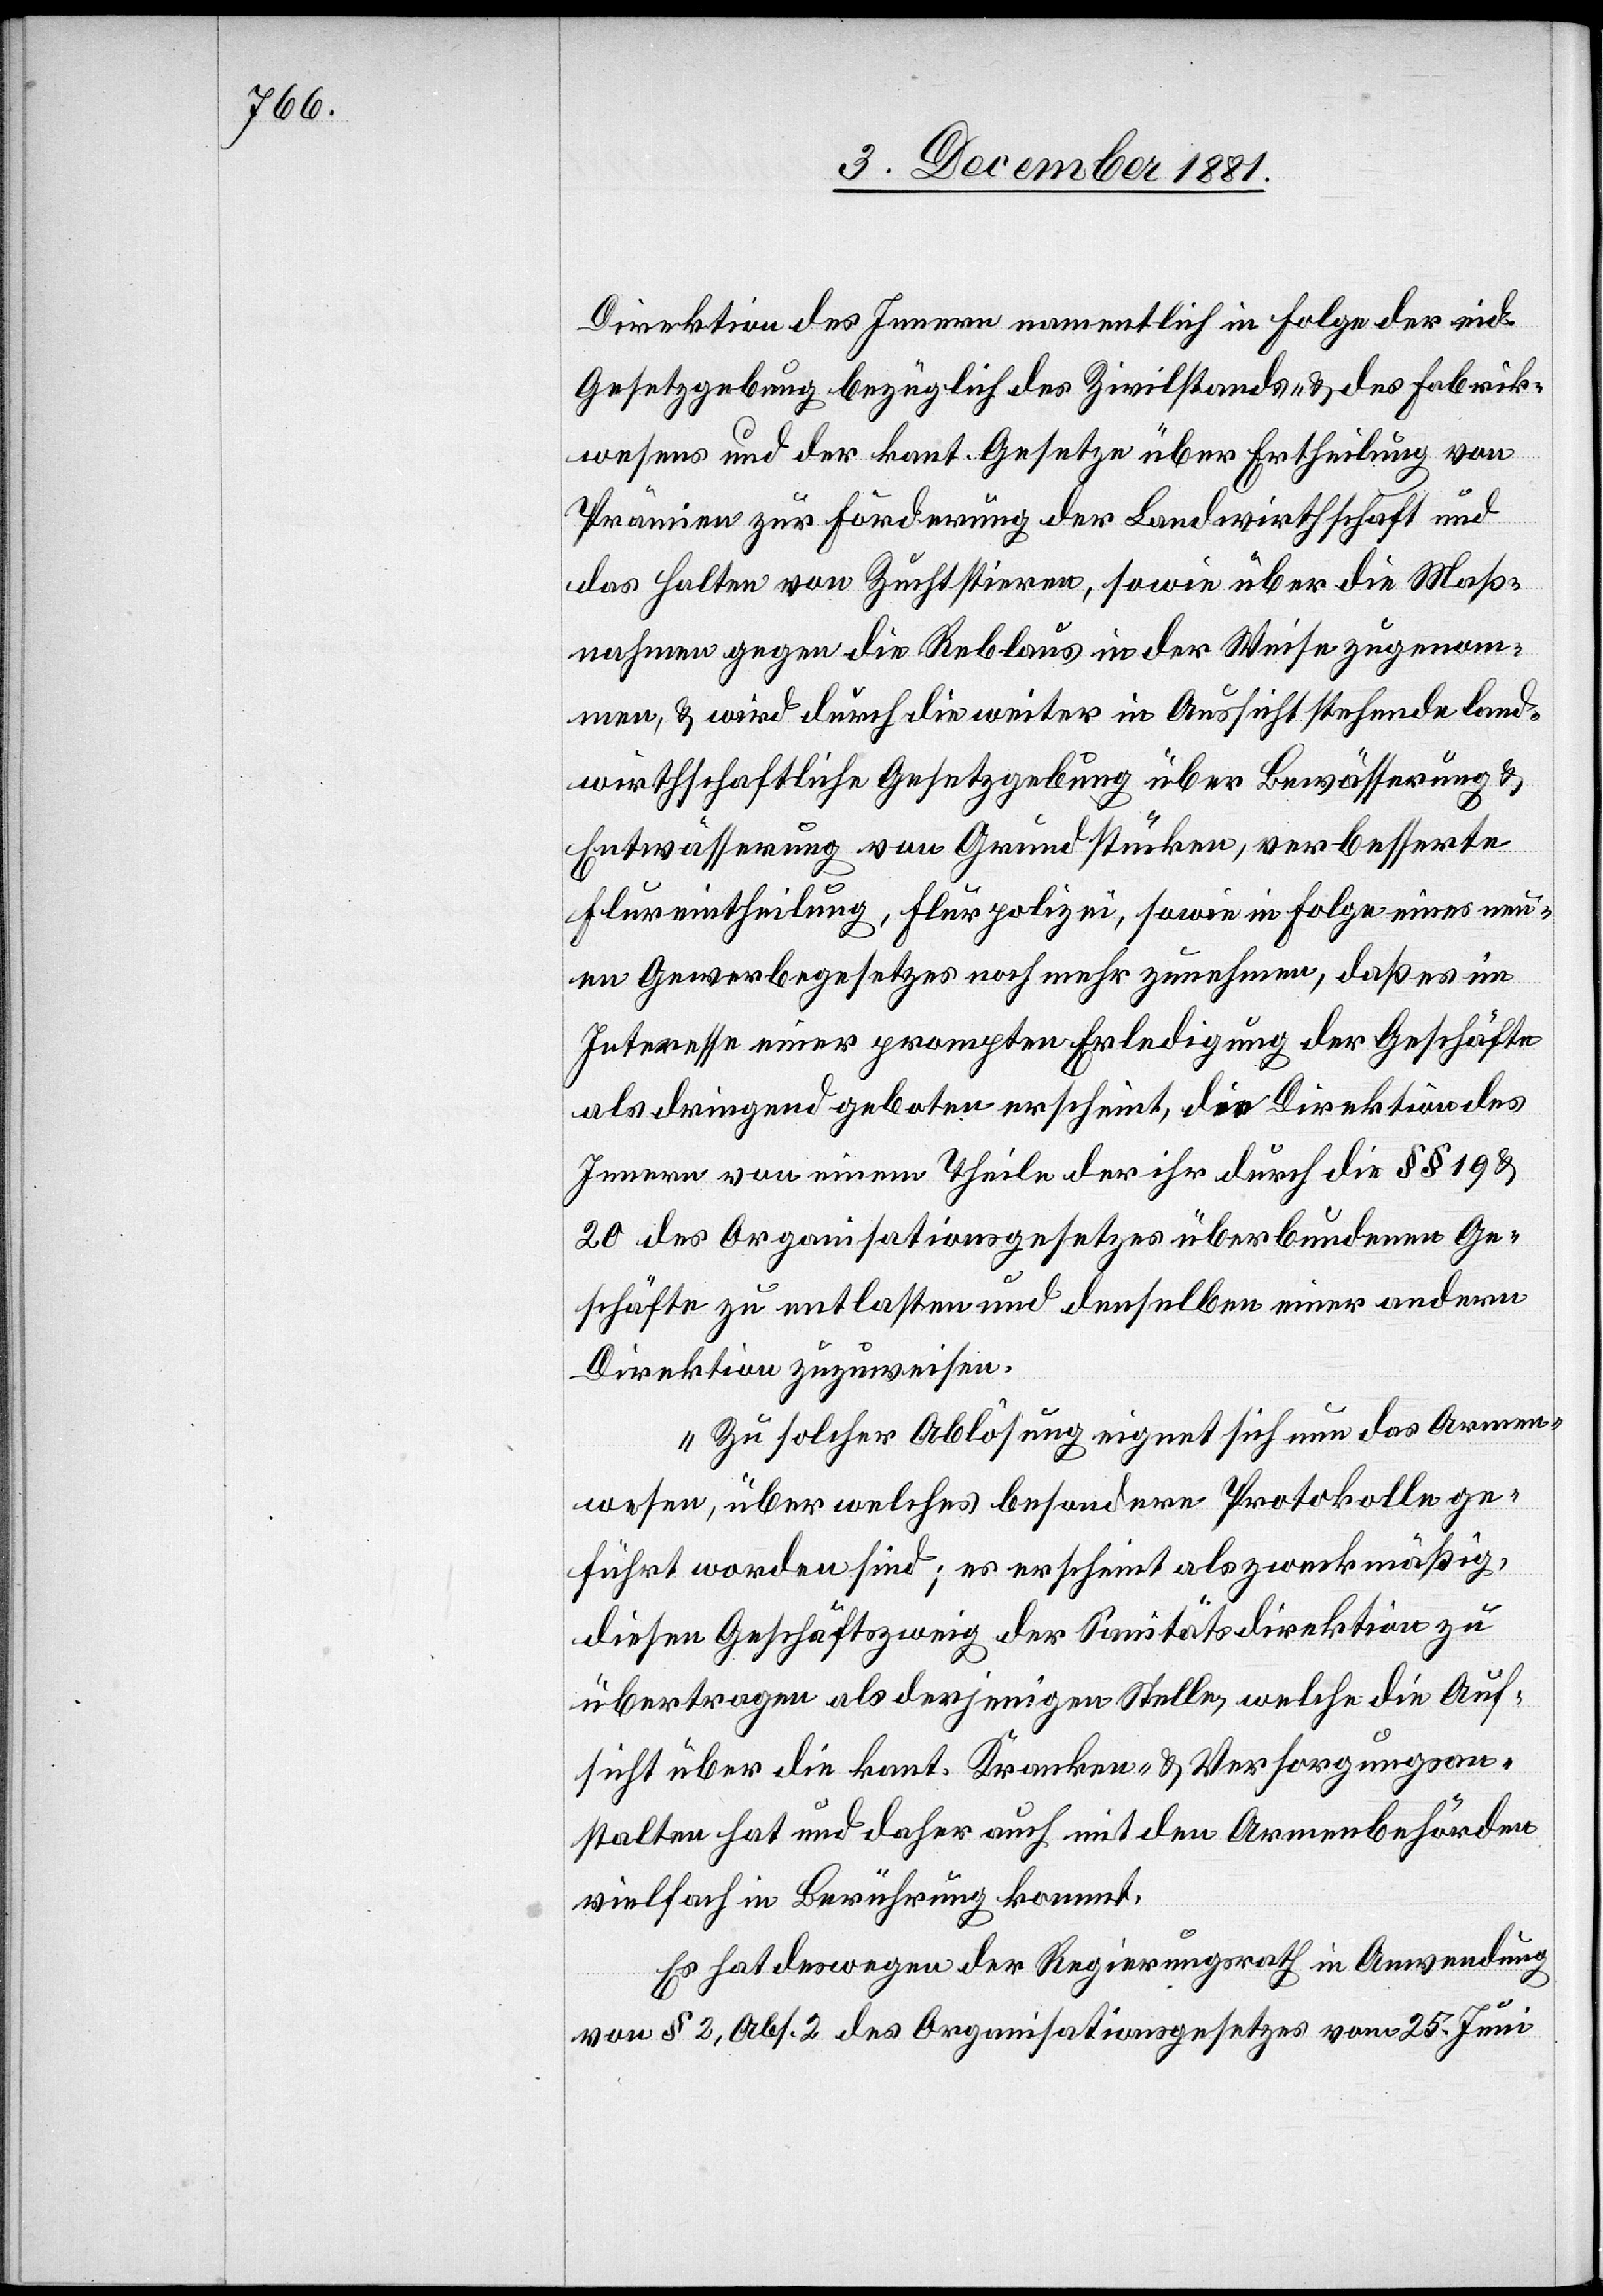
Direktion des Innern namentlich in Folge der eid.
Gesetzgebung bezüglich des Zivilstands- & des Fabrik¬
wesens und der kant. Gesetze über Ertheilung von
Prämien zur Förderung der Landwirthschaft und
das Halten von Zuchtstieren, sowie über die Maß¬
nahmen gegen die Reblaus in der Weise zugenom¬
men, & wird durch die weiter in Aussicht stehende land¬
wirthschaftliche Gesetzgebung über Bewässerung &
Entwässerung von Grundstücken, verbesserte
Flureintheilung, Flurpolizei, sowie in Folge eines neu¬
en Gewerbegesetzes noch mehr zunehmen, daß es im
Interesse einer prompten Erledigung der Geschäfte
als dringend geboten erscheint, die Direktion des
Innern von einem Theil der ihr durch die §§ 19 &
20 des Organisationsgesetzes überbundenen Ge¬
schäfte zu entlasten und denselben einer andern
Direktion zuzuweisen.
Zu solcher Ablösung eignet sich nun das Armen¬
wesen, über welches besondere Protokolle ge¬
führt worden sind; es erscheint als zweckmäßig,
diesen Geschäftszweig der Sanitätsdirektion zu
übertragen als derjenigen Stelle, welche die Auf¬
sicht über die kant. Kranken- & Versorgungsan¬
stalten hat und daher auch mit den Armenbehörden
vielfach in Berührung kommt.
Es hat deswegen der Regierungsrath in Anwendung
von § 2, Abs. 2 des Organisationsgesetzes vom 25. Juni